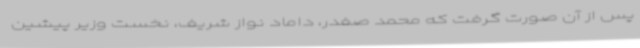
پس از آن صورت گرفت که محمد صفدر، داماد نواز شریف، نخست وزیر پیشین